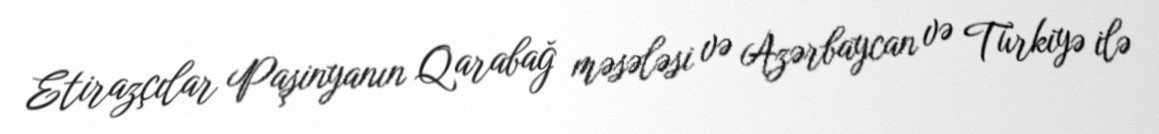
Etirazçılar Paşinyanın Qarabağ məsələsi və Azərbaycan və Türkiyə ilə